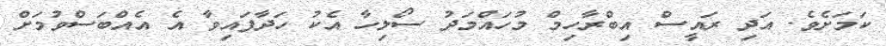
ކަމަށެވެ. އަދި ރައީސް އިބްރާހިމް މުހައްމަދު ސޯލިހާ އެކު ހަދާފައިވާ އެ އެއްބަސްވުމަށް